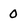
Character: 0